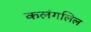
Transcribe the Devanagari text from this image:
कलंगलिल